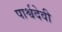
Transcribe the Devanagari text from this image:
पार्श्वदेवी